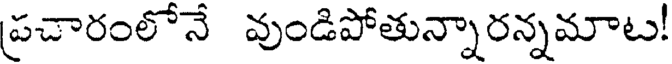
ప్రచారంలోనే వుండిపోతున్నారన్నమాట!